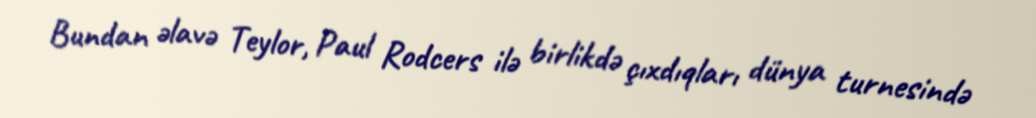
Bundan əlavə Teylor, Paul Rodcers ilə birlikdə çıxdıqları dünya turnesində